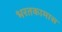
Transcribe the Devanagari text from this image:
भरतकामास